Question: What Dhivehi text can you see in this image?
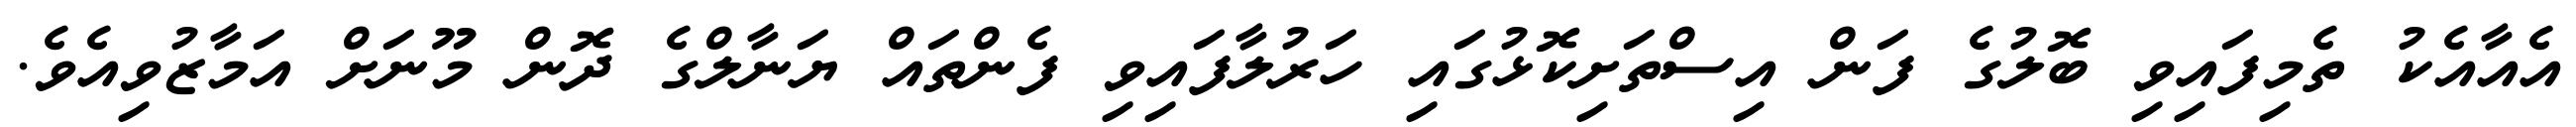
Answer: އެއާއެކު ތެމިފައިވި ބޮލުގެ ފަން އިސްތަށިކޮޅުގައި ހަރުލާފައިވި ފެންތައް ޔަނާލްގެ ދޮން މޫނަށް އަމާޒުވިއެވެ.